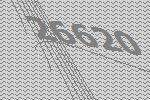
26620